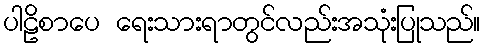
ပါဠိစာပေ ရေးသားရာတွင်လည်းအသုံးပြုသည်။